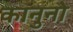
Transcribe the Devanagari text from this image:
कानुनो